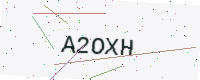
Text: A2OXH